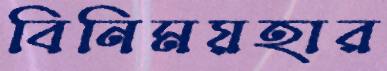
বিনিময়হার